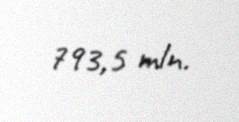
793,5 mln.